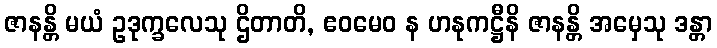
ဇာနန္တိ မယံ ဥဒုက္ခလေသု ဌိတာတိ, ဧဝမေဝ န ဟနုကဋ္ဌီနိ ဇာနန္တိ အမှေသု ဒန္တာ